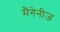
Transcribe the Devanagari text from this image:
मैंगेनीज